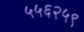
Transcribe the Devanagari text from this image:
५५६२५९